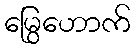
မြွေဟောက်